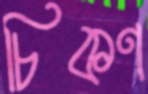
চিকণ